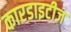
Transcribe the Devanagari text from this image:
कारडाइटीज